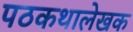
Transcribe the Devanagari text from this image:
पठकथालेखक